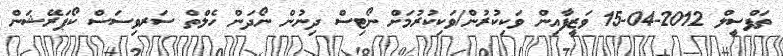
ތަފްސީލް 2012-04-15 ވަޒީފާއިން ވަކިކުރުން/ވަކިކުރުމަށް ނޯޓިސް ދިނުން ނޯދަން ހެލްތް ސަރވިސަސް ކޯޕަރޭޝަން